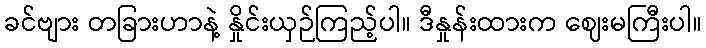
ခင်ဗျား တခြားဟာနဲ့ နှိုင်းယှဉ်ကြည့်ပါ။ ဒီနှုန်းထားက ဈေးမကြီးပါ။